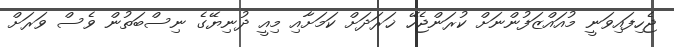
ޖެހިފައިވަނީ މުއައްޒަފުންނަށް ކުރަންޖެހޭ ޚަރަދަށް ކަމަށާއި މިއީ ދުނިޔޭގެ ނިސްބަތުން ވެސް ވަރަށް